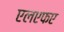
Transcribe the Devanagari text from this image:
एलएफए